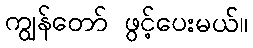
ကျွန်တော် ဖွင့်ပေးမယ်။